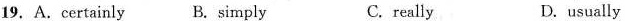
19. A.certainly B. simply C. really D.usually